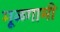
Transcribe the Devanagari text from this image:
मूळगामी